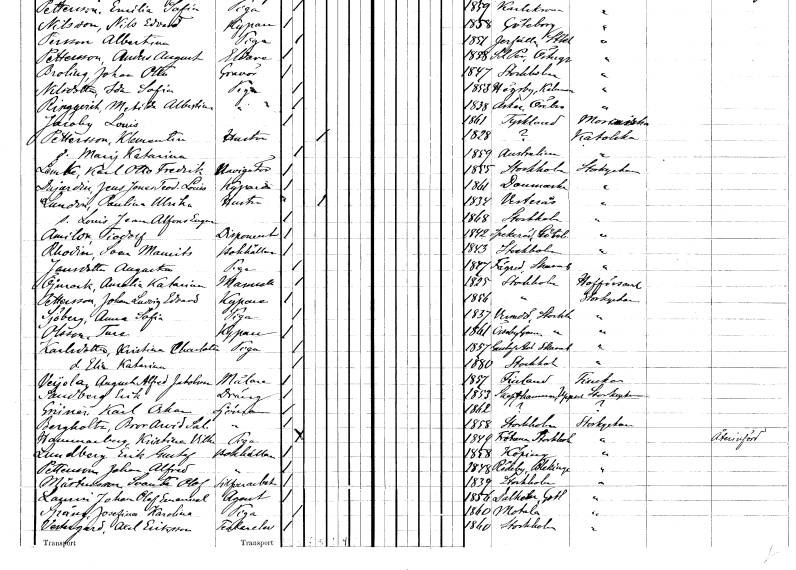
gt_parse: households: individuals: FN: Karl Otto Fredrik
EN: Lenke
YRKE: Navigatör
KON: M
CIV: O
FODAR: 1855
FODFORS: Stockholm
FN: Jens Jones Teodor Louis
EN: Dujardie
YRKE: Kypare
KON: M
CIV: O
FODAR: 1861
FN: Paulina Ulrika
EN: Lundin
YRKE: Hustru
KON: K
CIV: G
FODAR: 1834
FODFORS: Västerås Västmanlands län
FN: Louis Jean Alfons Eugen
KON: M
CIV: O
FODAR: 1868
FODFORS: Stockholm
FN: Tiodolf
EN: Amilon
YRKE: Disponent
KON: M
CIV: O
FODAR: 1842
FODFORS: Spekeröd Göteborgs- och Bohuslän
FN: Sven Maurits
EN: Rhodin
YRKE: Bokhållare
KON: M
CIV: O
FODAR: 1843
FODFORS: Stockholm
FN: Augusta
EN: Jansdotter
YRKE: Piga
KON: K
CIV: O
FODAR: 1847
FODFORS: Fägre Skaraborgs län
FN: Amalia Katarina
EN: Öjmark
KON: K
CIV: O
FODAR: 1825
FODFORS: Stockholm
FN: Johan Ludvig Edvard
EN: Pettersson
YRKE: Kypare
KON: M
CIV: O
FODAR: 1856
FODFORS: Stockholm
FN: Anna Sofia
EN: Sjöberg
YRKE: Piga
KON: K
CIV: O
FODAR: 1837
FODFORS: Värmdö Stockholms län
FN: Ture
EN: Olsson
YRKE: Kypare
KON: M
CIV: O
FODAR: 1861
FODFORS: Össeby-Garn Stockholms län
FN: Kristina Charlotta
EN: Karlsdotter
YRKE: Piga
KON: K
CIV: O
FODAR: 1857
FODFORS: Gustav Adolf Skaraborgs län
FN: Elin Katarina
KON: K
CIV: O
FODAR: 1880
FODFORS: Stockholm
FN: August Alfred
EN: Veÿola Jakobsson
YRKE: Målare
KON: M
CIV: O
FODAR: 1857
FN: Erik
EN: Sandberg
YRKE: Dräng
KON: M
CIV: O
FODAR: 1853
FODFORS: Skäfthammar Uppsala län
FN: Karl Oskar
EN: Giriner
YRKE: Sjöman
KON: M
CIV: O
FODAR: 1862
FN: Bror Arvid Sal.
EN: Bergholts
YRKE: Sjöman
KON: M
CIV: O
FODAR: 1858
FODFORS: Stockholm
FN: Kristina Vilhelmina
EN: Hammarberg
YRKE: Piga
KON: K
CIV: O
FODAR: 1849
FODFORS: Frötuna Stockholms län
FN: Erik Gustaf
EN: Lundberg
YRKE: Bokhållare
KON: M
CIV: O
FODAR: 1858
FODFORS: Köping Västmanlands län
FN: Johan Alfred
EN: Pettersson
YRKE: Bokhållare
KON: M
CIV: O
FODAR: 1848
FODFORS: Rödeby Blekinge län
FN: Svante Olof
EN: Mårtensson
YRKE: Silverarbetare
KON: M
CIV: O
FODAR: 1839
FODFORS: Stockholm
FN: Johan Olof Emanuel
EN: Laurin
YRKE: Agent
KON: M
CIV: O
FODAR: 1856
FODFORS: Dalhem Gotlands län
FN: Josefina Karolina
EN: Spång
YRKE: Piga
KON: K
CIV: O
FODAR: 1860
FODFORS: Motala Östergötlands län
FN: Axel
EN: Vestergård Eriksson
YRKE: Teaterelev
KON: M
CIV: O
FODAR: 1860
FODFORS: Stockholm